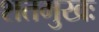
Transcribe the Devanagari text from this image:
शतमुखः